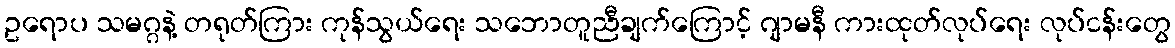
ဥရောပ သမဂ္ဂနဲ့ တရုတ်ကြား ကုန်သွယ်ရေး သဘောတူညီချက်ကြောင့် ဂျာမနီ ကားထုတ်လုပ်ရေး လုပ်ငန်းတွေ